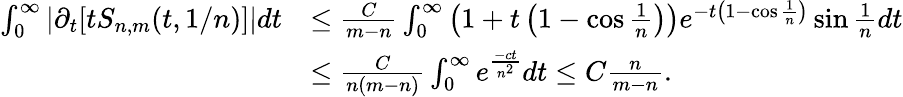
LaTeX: \begin{array}{rl}{\int_{0}^{\infty}|\partial_{t}[tS_{n,m}(t,{1}/{n})]|dt}&{\le\frac{C}{m-n}\int_{0}^{\infty}\left(1+t\left(1-\cos\frac{1}{n}\right)\right)e^{-t\left(1-\cos\frac{1}{n}\right)}\sin\frac{1}{n}dt}\\ &{\le\frac{C}{n(m-n)}\int_{0}^{\infty}e^{\frac{-ct}{n^{2}}}dt\le C\frac{n}{m-n}.}\end{array}